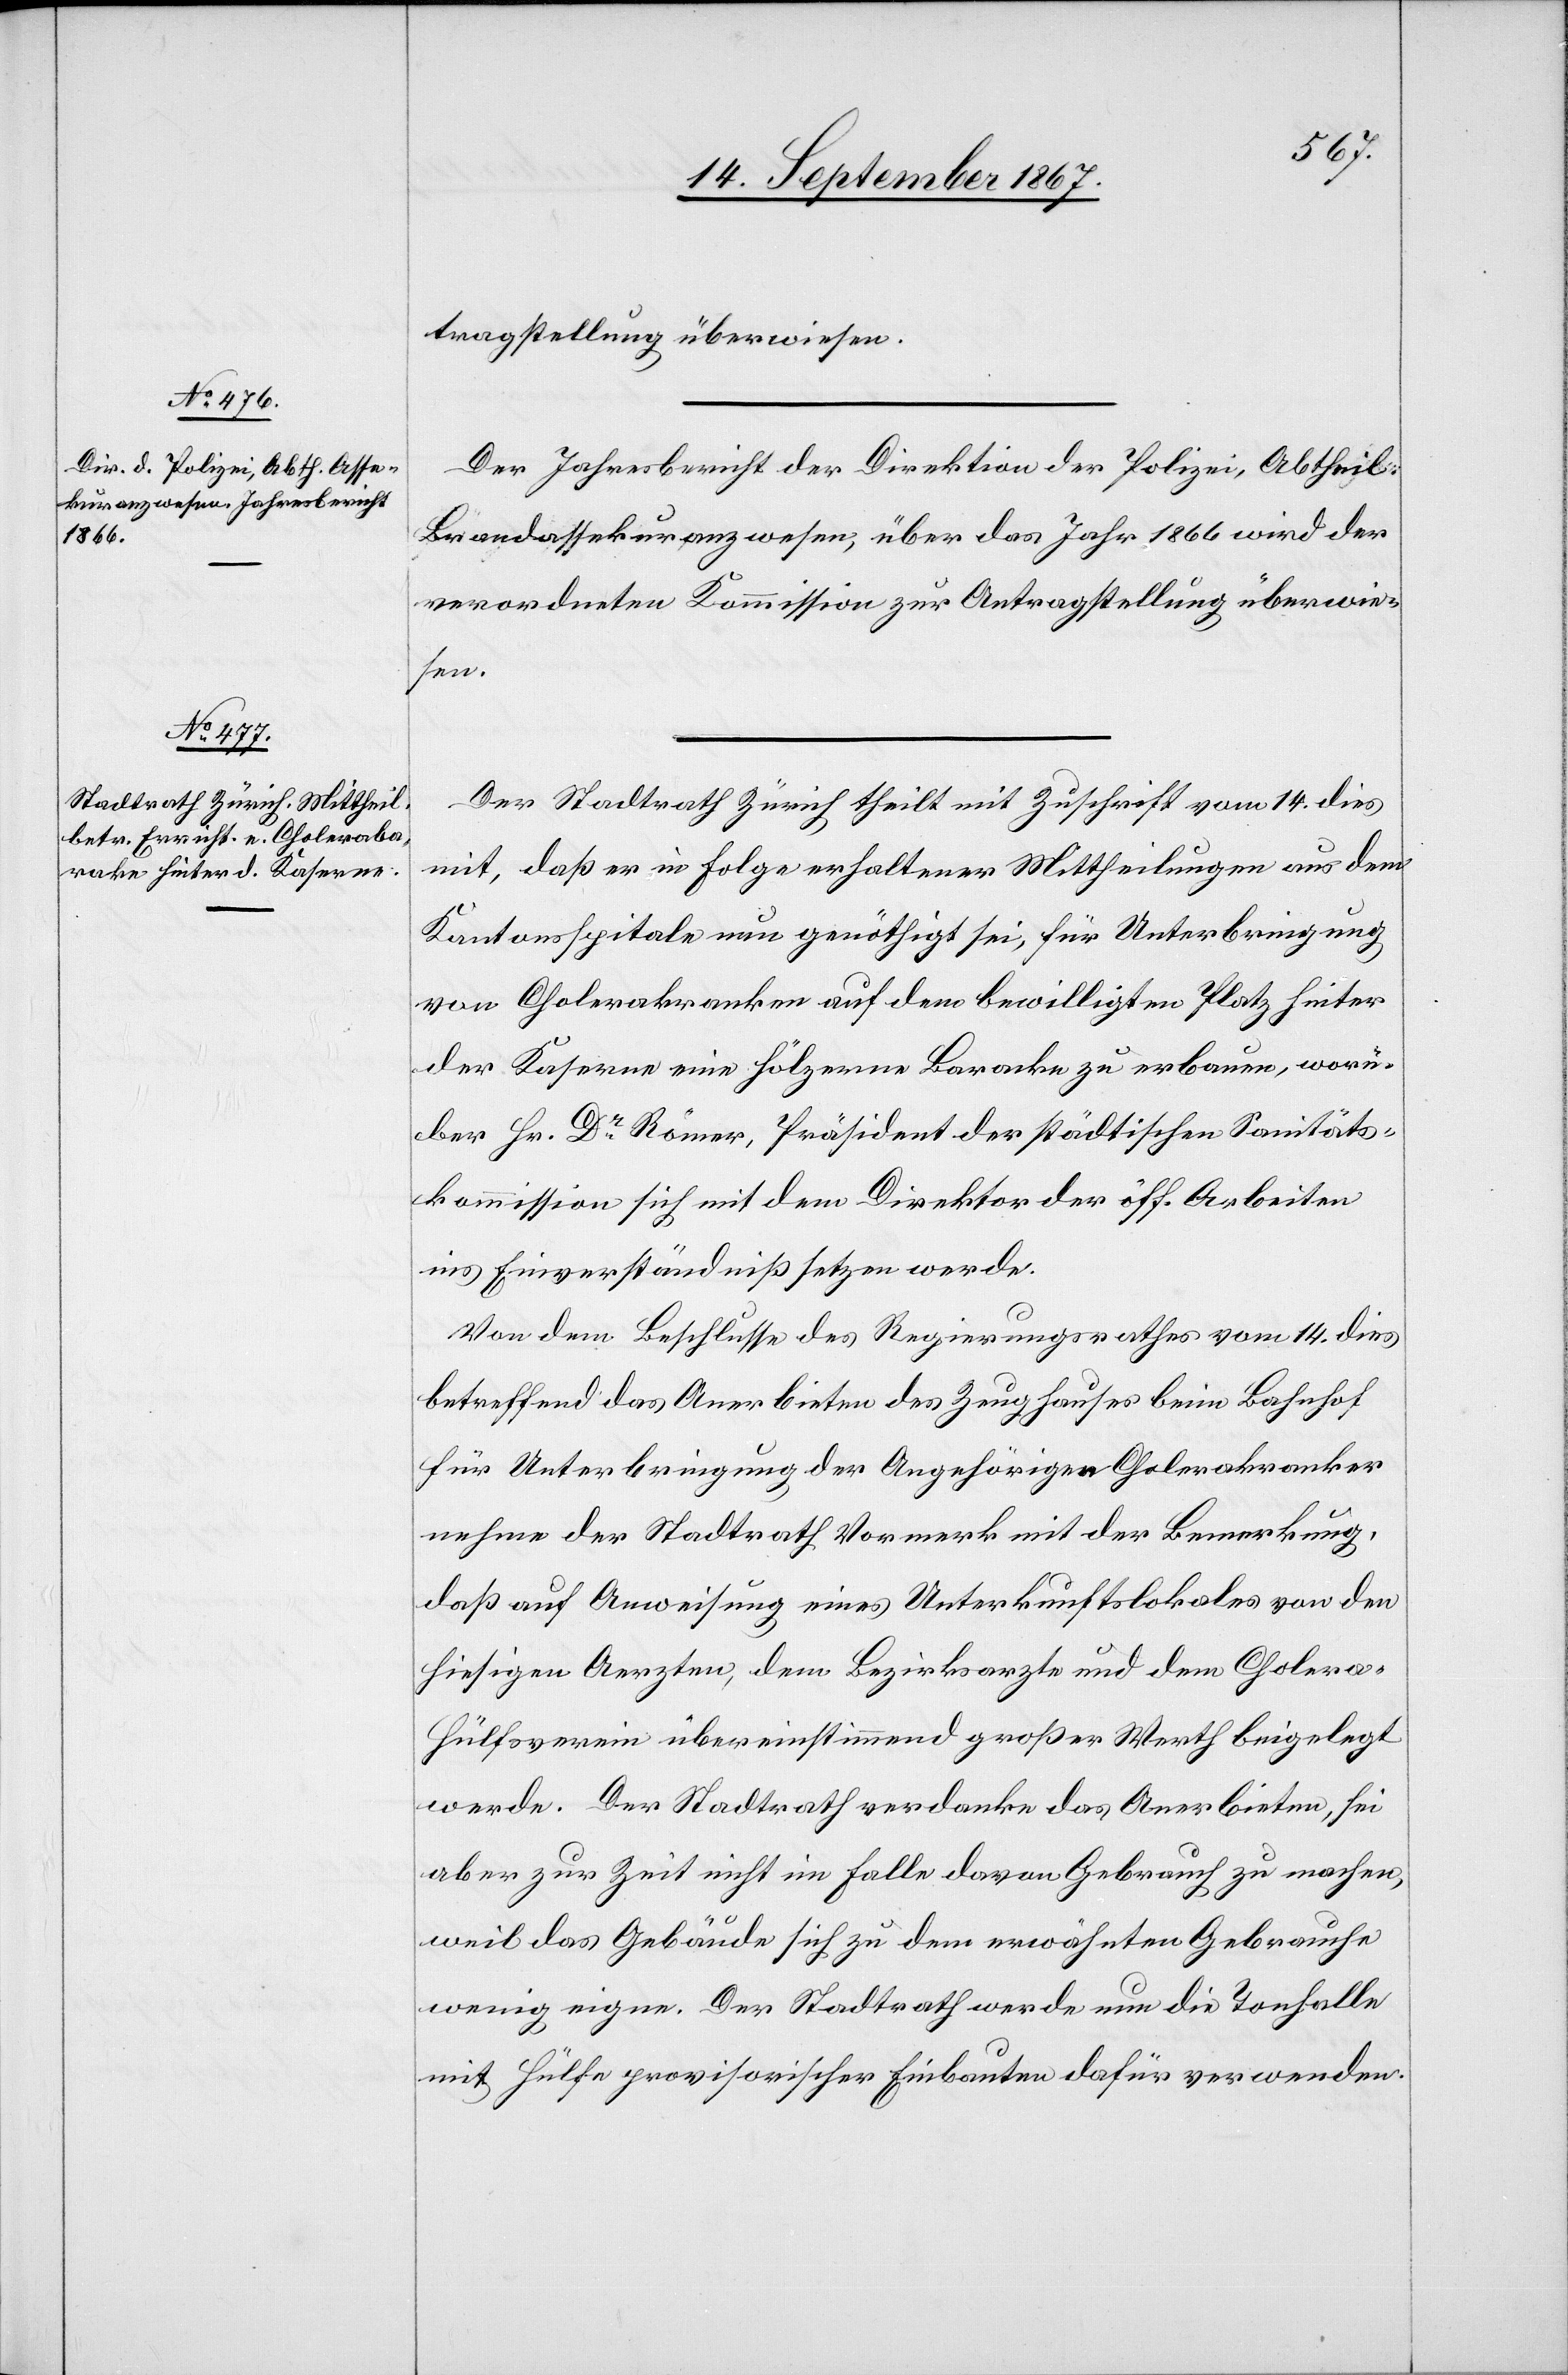
16. September 1867.]
tragstellung überwiesen.
Der Jahresbericht der Direktion der Polizei, Abtheil.
Brandassekuranzwesen, über das Jahr 1866 wird der
verordneten Kommission zur Antragstellung überwie¬
sen.
Der Stadtrath Zürich theilt mit Zuschrift vom 14. dies
mit, daß er in Folge erhaltener Mittheilungen aus dem
Kantonsspital nun genöthigt sei, für Unterbringung
von Cholerakranken auf dem bewilligten Platz hinter
der Kaserne eine hölzerne Baracke zu erbauen, worü¬
ber Hr. Dr. Römer, Präsident der städtischen Sanitäts¬
kommission sich mit dem Direktor der öff. Arbeiten
Von dem Beschlusse des Regierungsrathes vom 14. dies
betreffend das Anerbieten des Zeughauses beim Bahnhof
für Unterbringung der Angehörigen Cholerakranker
nehme der Stadtrath Vormerk mit der Bemerkung,
daß auf Anweisung eines Unterkunftlokales von den
hiesigen Aerzten, dem Bezirksarzte und dem Cholera-H¬
ülfsverein übereinstimmend großer Werth beigelegt
werde. Der Stadtrath verdanke das Anerbieten, sei
aber zur Zeit nicht im Falle davon Gebrauch zu machen,
weil das Gebäude sich zu dem erwähnten Gebrauche
wenig eigne. Der Stadtrath werde nun die Tonhalle
mit Hülfe provisorischer Einbauten dafür verwenden.